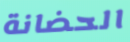
الحضانة